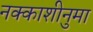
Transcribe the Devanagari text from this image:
नक्काशीनुमा